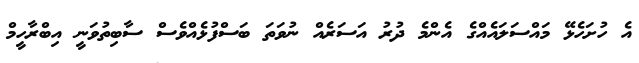
އެ ހުށަހެޅޭ މައްސަލައެއްގެ އެންމެ ދުރު އަސަރެއް ނުވަތަ ބަސްފުޅެއްވެސް ސާބިތުވަނީ އިބްރާހީމް